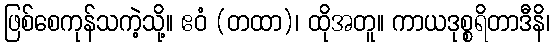
ဖြစ်စေကုန်သကဲ့သို့။ ဧဝံ (တထာ)၊ ထိုအတူ။ ကာယဒုစ္စရိတာဒီနိ၊